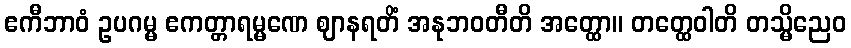
ဧကီဘာဝံ ဥပဂမ္မ ဧကတ္တာရမ္မဏေ ဈာနရတိံ အနုဘဝတီတိ အတ္ထော။ တတ္ထေဝါတိ တသ္မိညေဝ